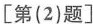
【第（2）题】